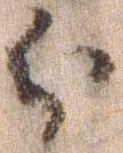
分